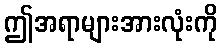
ဤအရာများအားလုံးကို